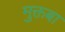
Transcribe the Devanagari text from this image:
मुक्तबा